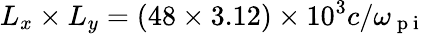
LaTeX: L_{x}\times L_{y}=\left(48\times 3.12\right)\times 10^{3}c/\omega_{\mathrm{~p~i~}}